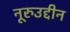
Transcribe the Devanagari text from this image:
नूरुउद्दीन